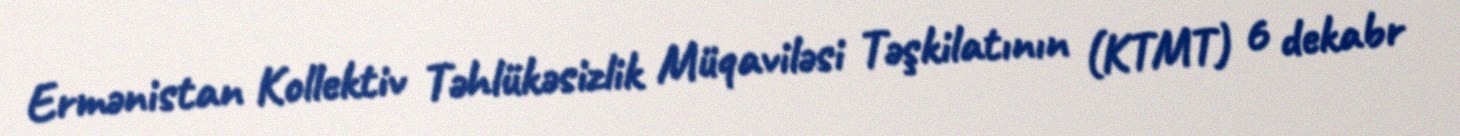
Ermənistan Kollektiv Təhlükəsizlik Müqaviləsi Təşkilatının (KTMT) 6 dekabr